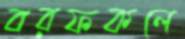
বরফকলে